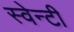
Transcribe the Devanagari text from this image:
स्वेन्‍टी